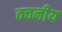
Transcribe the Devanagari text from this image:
वचनीय